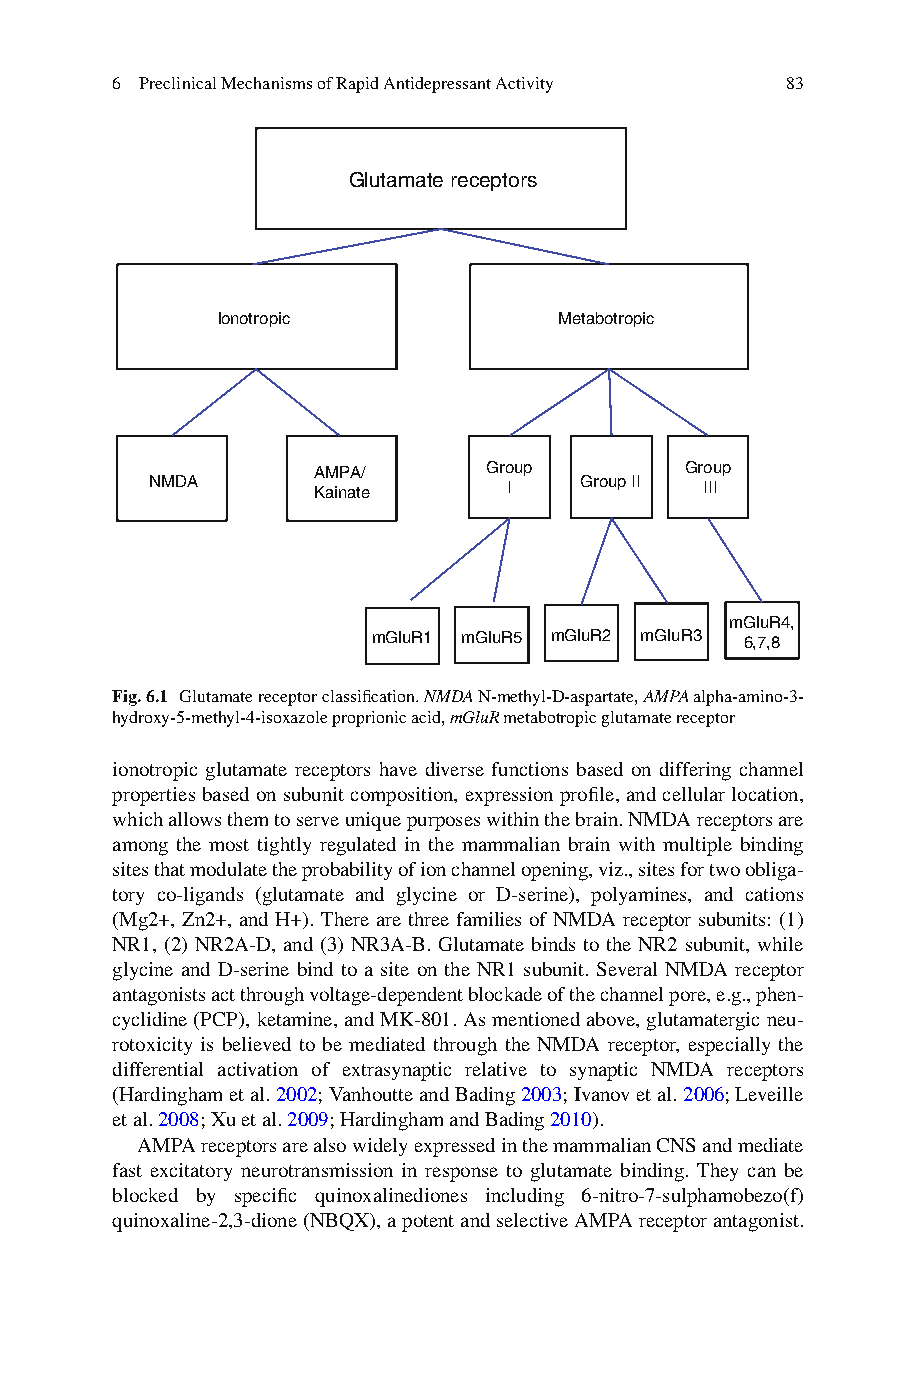
6 Preclinical Mechanisms of Rapid Antidepressant Activity 83
 Glutamate receptors
 lonotropic             Metabotropic
 AMPA/      Group        Group
 NMDA       Kainate      I   Group II III
 mGluR4,
 mGluR1 mGluR5 mGluR2 mGluR3 6,7,8
 Fig. 6.1 Glutamate receptor classifi cation. NMDA N-methyl-D-aspartate, A MPA alpha-amino- 3-
 hydroxy-5-methyl-4-isoxazole proprionic acid, m GluR metabotropic glutamate receptor
 ionotropic glutamate receptors have diverse functions based on differing channel
 properties based on subunit composition, expression profi le, and cellular location,
 which allows them to serve unique purposes within the brain. NMDA receptors are
 among the most tightly regulated in the mammalian brain with multiple binding
 sites that modulate the probability of ion channel opening, viz., sites for two obliga-
 tory co-ligands (glutamate and glycine or D-serine), polyamines, and cations
 (Mg2+, Zn2+, and H+). There are three families of NMDA receptor subunits: (1)
 NR1, (2) NR2A-D, and (3) NR3A-B. Glutamate binds to the NR2 subunit, while
 glycine and D-serine bind to a site on the NR1 subunit. Several NMDA receptor
 antagonists act through voltage-dependent blockade of the channel pore, e.g., phen-
 cyclidine (PCP), ketamine, and MK-801. As mentioned above, glutamatergic neu-
 rotoxicity is believed to be mediated through the NMDA receptor, especially the
 differential activation of extrasynaptic relative to synaptic NMDA receptors
 (Hardingham et al. 2 002 ; Vanhoutte and Bading 2 003 ; Ivanov et al. 2 006 ; Leveille
 et al. 2 008 ; Xu et al. 2 009 ; Hardingham and Bading 2 010 ).
 AMPA receptors are also widely expressed in the mammalian CNS and mediate
 fast excitatory neurotransmission in response to glutamate binding. They can be
 blocked by specifi c quinoxalinediones including 6-nitro-7-sulphamobezo(f)
 quinoxaline- 2,3-dione (NBQX), a potent and selective AMPA receptor antagonist.